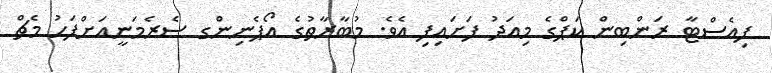
ފިއެސްޓާ ރަންބިން ކަޕްގެ މިއަދު ފަށައިފި އެވެ. މުބާރާތުގެ އޯޕެނިންގ ސެރެމަނީއަށްފަހު މެޗް